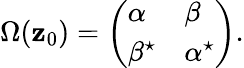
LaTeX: \Omega(\mathbf{z}_{0})=\left(\begin{array}{ll}{{\alpha}}&{{\beta}}\\ {{\beta^{\star}}}&{{\alpha^{\star}}}\end{array}\right).